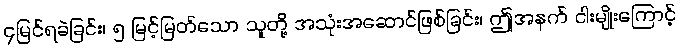
၄မြင်ရခဲခြင်း၊ ၅ မြင့်မြတ်သော သူတို့ အသုံးအဆောင်ဖြစ်ခြင်း၊ ဤအနက် ငါးမျိုးကြောင့်